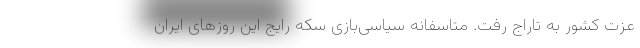
عزت کشور به تاراج رفت. متاسفانه سیاسی‌بازی سکه رایج این روزهای ایران